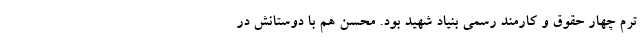
ترم چهار حقوق و کارمند رسمی بنیاد شهید بود. محسن هم با دوستانش در